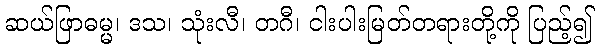
ဆယ်ဖြာဓမ္မ၊ ဒသ၊ သုံးလီ၊ တဂီ၊ ငါးပါးမြတ်တရားတို့ကို ပြည့်၍